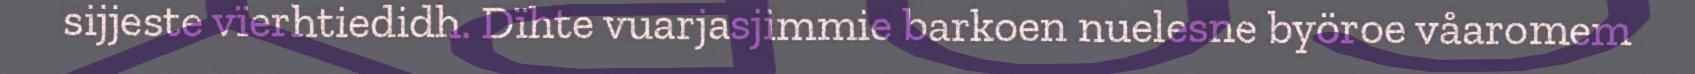
sijjeste vïerhtiedidh. Dïhte vuarjasjimmie barkoen nuelesne byöroe våaromem